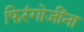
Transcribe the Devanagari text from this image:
फिरंगोजींना